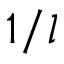
1 / l